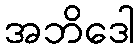
အဘိဒေါ